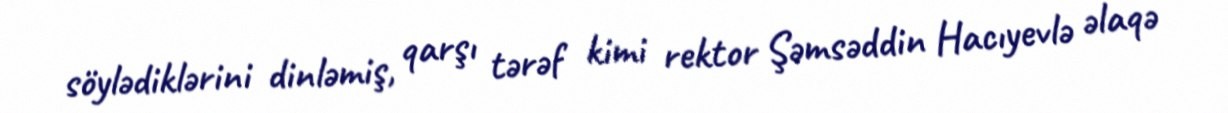
söylədiklərini dinləmiş, qarşı tərəf kimi rektor Şəmsəddin Hacıyevlə əlaqə